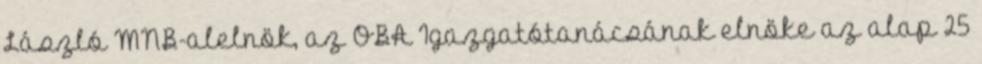
László MNB-alelnök, az OBA Igazgatótanácsának elnöke az alap 25